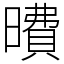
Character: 曊